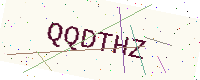
Text: QQDTHZ